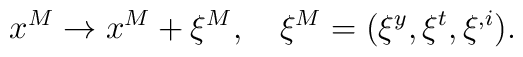
x^M \to x^M + \xi^M, \quad \xi^M=(\xi^y,\xi^t,\xi^{,i}),